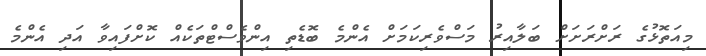
މިއަތޮޅުގެ ރަށްރަށަށް ބަލާއިރު މަސްވެރިކަމަށް އެންމެ ބޮޑެތި އިންވެސްޓްތަކެއް ކޮށްފައިވާ އަދި އެންމެ